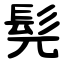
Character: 髡